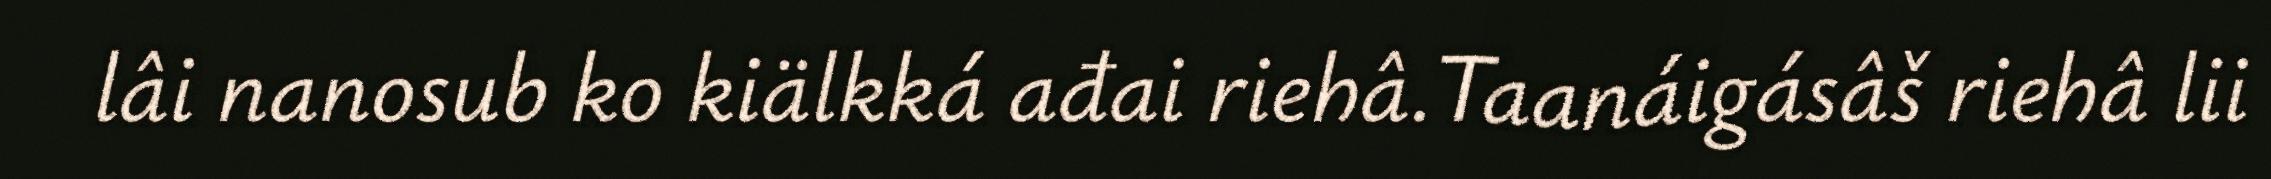
lâi nanosub ko kiälkká ađai riehâ.Taanáigásâš riehâ lii